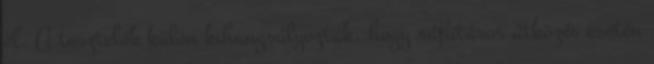
el. A tesztelők külön kihangsúlyozták, hogy ráfutásos ütközés esetén